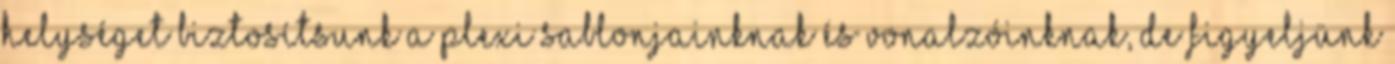
helységet biztosítsunk a plexi sablonjainknak és vonalzóinknak, de figyeljünk